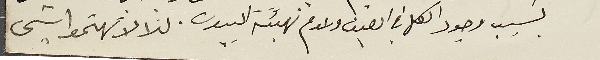
بسبب وجود الكل في الصيف وعدم تهيئة البيوت، لذا لا تهتموا بشى